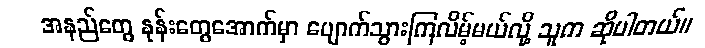
အနည်တွေ နုန်းတွေအောက်မှာ ပျောက်သွားကြလိမ့်မယ်လို့ သူက ဆိုပါတယ်။